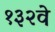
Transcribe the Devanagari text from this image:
१३२वे